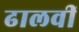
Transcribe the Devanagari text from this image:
ढालवीं